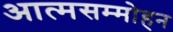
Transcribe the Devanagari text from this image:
आत्मसम्मोहन